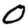
Digit: 0